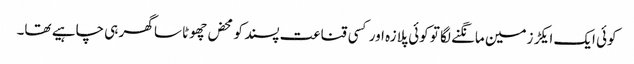
کوئی ایک ایکڑ زمین مانگنے لگا تو کوئی پلازہ اور کسی قناعت پسند کو محض چھوٹا سا گھر ہی چاہیے تھا۔